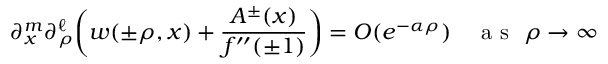
\partial _ { x } ^ { m } \partial _ { \rho } ^ { \ell } \bigg ( w ( \pm \rho , x ) + \frac { A ^ { \pm } ( x ) } { f ^ { \prime \prime } ( \pm 1 ) } \bigg ) = O ( e ^ { - \alpha \rho } ) \quad \mathrm { ~ a ~ s ~ } ~ \rho \to \infty